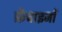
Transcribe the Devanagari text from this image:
फ्रेंचाइजों